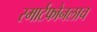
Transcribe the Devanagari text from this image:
स्मार्टफोनलाच